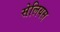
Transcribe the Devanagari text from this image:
सेलियस